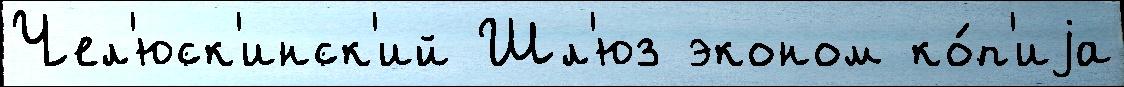
Чел'юск'инск'ий Шл'юз эконом ко́п'иjа